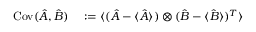
\begin{array} { r l } { \operatorname { C o v } ( \hat { A } , \hat { B } ) } & { { } : = \langle ( \hat { A } - \langle \hat { A } \rangle ) \otimes ( \hat { B } - \langle \hat { B } \rangle ) ^ { T } \rangle } \end{array}